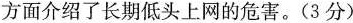
方面介绍了长期低头上网的危害。(3分)